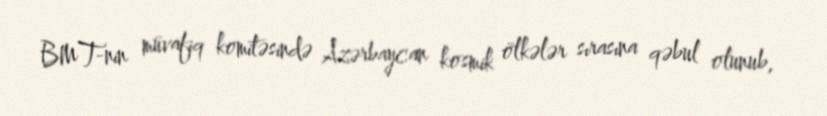
BMT-nin müvafiq komitəsində Azərbaycan kosmik ölkələr sırasına qəbul olunub,